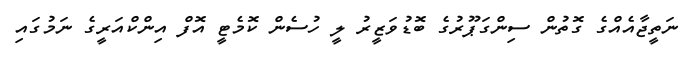
ނަތީޖާއެއްގެ ގޮތުން ސިންގަޕޫރުގެ ބޮޑުވަޒީރު ލީ ހުސެން ކޮމެޓީ އޮފް އިންކްއަރީގެ ނަމުގައި